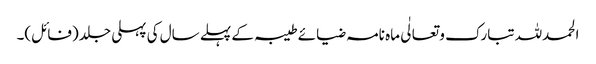
الحمدللہ تبارک و تعالٰی ماہ نامہ ضیائے طیبہ کے پہلے سال کی پہلی جلد (فائل)۔